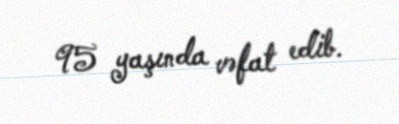
95 yaşında vəfat edib.